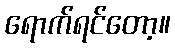
ရောက်ရင်တော့။